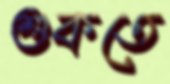
শুকতে